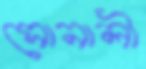
সোনালী